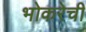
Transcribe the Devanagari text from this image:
भोकरेची